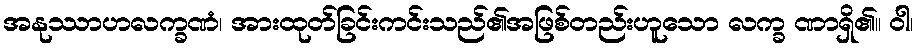
အနုဿာဟလက္ခဏံ၊ အားထုတ်ခြင်းကင်းသည်၏အဖြစ်တည်းဟူသော လက္ခ ဏာရှိ၏။ ဝါ၊